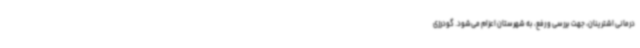
درمانی اشترینان، جهت بررسی و رفع، به شهرستان اعزام می‌شود. گودرزی